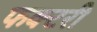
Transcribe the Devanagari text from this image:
फक्टरी